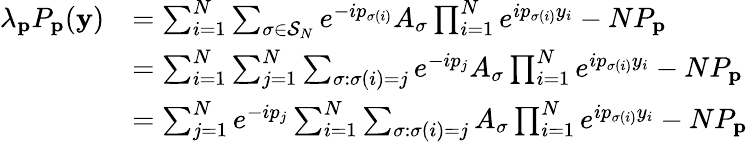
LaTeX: \begin{array}{rl}{\lambda_{\mathbf{p}}P_{\mathbf{p}}(\mathbf{y})}&{=\sum_{i=1}^{N}\sum_{\sigma\in\mathcal{S}_{N}}e^{-ip_{\sigma(i)}}A_{\sigma}\prod_{i=1}^{N}e^{ip_{\sigma(i)}y_{i}}-NP_{\mathbf{p}}}\\ &{=\sum_{i=1}^{N}\sum_{j=1}^{N}\sum_{\sigma:\sigma(i)=j}e^{-ip_{j}}A_{\sigma}\prod_{i=1}^{N}e^{ip_{\sigma(i)}y_{i}}-NP_{\mathbf{p}}}\\ &{=\sum_{j=1}^{N}e^{-ip_{j}}\sum_{i=1}^{N}\sum_{\sigma:\sigma(i)=j}A_{\sigma}\prod_{i=1}^{N}e^{ip_{\sigma(i)}y_{i}}-NP_{\mathbf{p}}}\end{array}